Civil Veterinary Department Bihar & Orissa reports 1922-29 - 1922-1929
Year: 1922
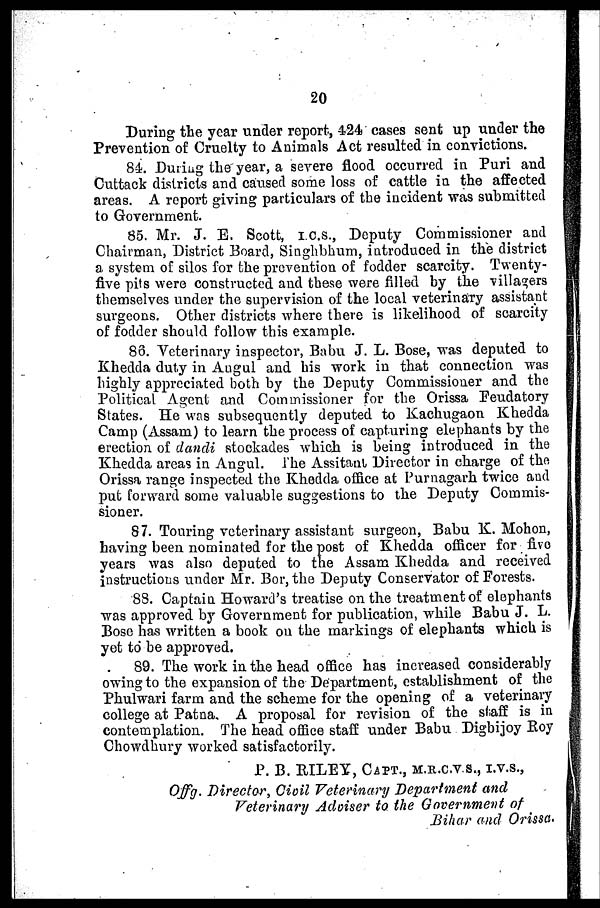
20
During the year under report, 424 cases sent up under the
Prevention of Cruelty to Animals Act resulted in convictions.
84. Duriug the year, a severe flood occurred in Puri and
Cuttack districts and caused some loss of cattle in the affected
areas. A report giving particulars of the incident was submitted
to Government.
85. Mr. J. E. Scott, I.C.S., Deputy Commissioner and
Chairman, District Board, Singhbhum, introduced in the district
a system of silos for the prevention of fodder scarcity. Twenty-
five pits were constructed and these were filled by the villagers
themselves under the supervision of the local veterinary assistant
surgeons. Other districts where there is likelihood of scarcity
of fodder should follow this example.
86. Veterinary inspector, Babu J. L. Bose, was deputed to
Khedda duty in Angul and his work in that connection was
highly appreciated both by the Deputy Commissioner and the
Political Agent and Commissioner for the Orissa Feudatory
States. He was subsequently deputed to Kachugaon Khedda
Camp (Assam) to learn the process of capturing elephants by the
erection of clancli stockades which is being introduced in the
Khedda areas in Angul. The Assitant Director in charge of the
Orissa range inspected the Khedda office at Pumagarh twice and
put forward some valuable suggestions to the Deputy Commis-
sioner.
87. Touring veterinary assistant surgeon, Babu K. Mohon,
having been nominated for the post of Khedda officer for five
years was also deputed to the Assam Khedda and received
instructions under Mr. Bor, the Deputy Conservator of Forests.
88. Captain Howard's treatise on the treatment of elephants
was approved by Government for publication, while Babu J. L.
Bose has written a book on the markings of elephants which is
yet to be approved.
89. The work in the head office has increased considerably
owing to the expansion of the Department, establishment of the
Phulwari farm and the scheme for the opening of a veterinary
college at Patna. A proposal for revision of the staff is in
contemplation. The head office staff under Babu Digbijoy Boy
Chowdhury worked satisfactorily.
P. B. RILEY, CAPT., M.R.C.V.S., I.V.S.,
Offg. Director, Civil Veterinary Department and
Veterinary Adviser to the Government of
Bihar and Orissa.